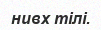
нивх тілі.